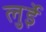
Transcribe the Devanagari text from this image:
लुईे